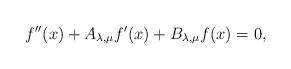
LaTeX: \begin{align*}f''(x) + A_{\lambda,\mu}f'(x) + B_{\lambda,\mu}f(x) = 0,\end{align*}